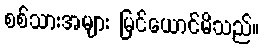
စစ်သားအများ မြင်ယောင်မိသည်။